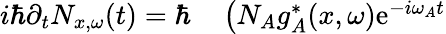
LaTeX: \begin{array}{rl}{i\hbar\partial_{t}N_{x,\omega}(t)=\hbar}&{{}\left(N_{A}g_{A}^{*}(x,\omega)\mathrm{e}^{-i\omega_{A}t}\right.}\end{array}